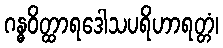
ဂန္ဓဝိတ္ထာရဒေါသပရိဟာရတ္တံ၊